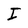
Character: I